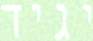
יגיד